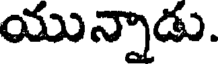
యున్నాడు.